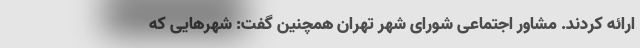
ارائه کردند. مشاور اجتماعی شورای شهر تهران همچنین گفت: شهرهایی که